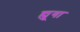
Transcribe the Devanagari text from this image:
ह्यूगा